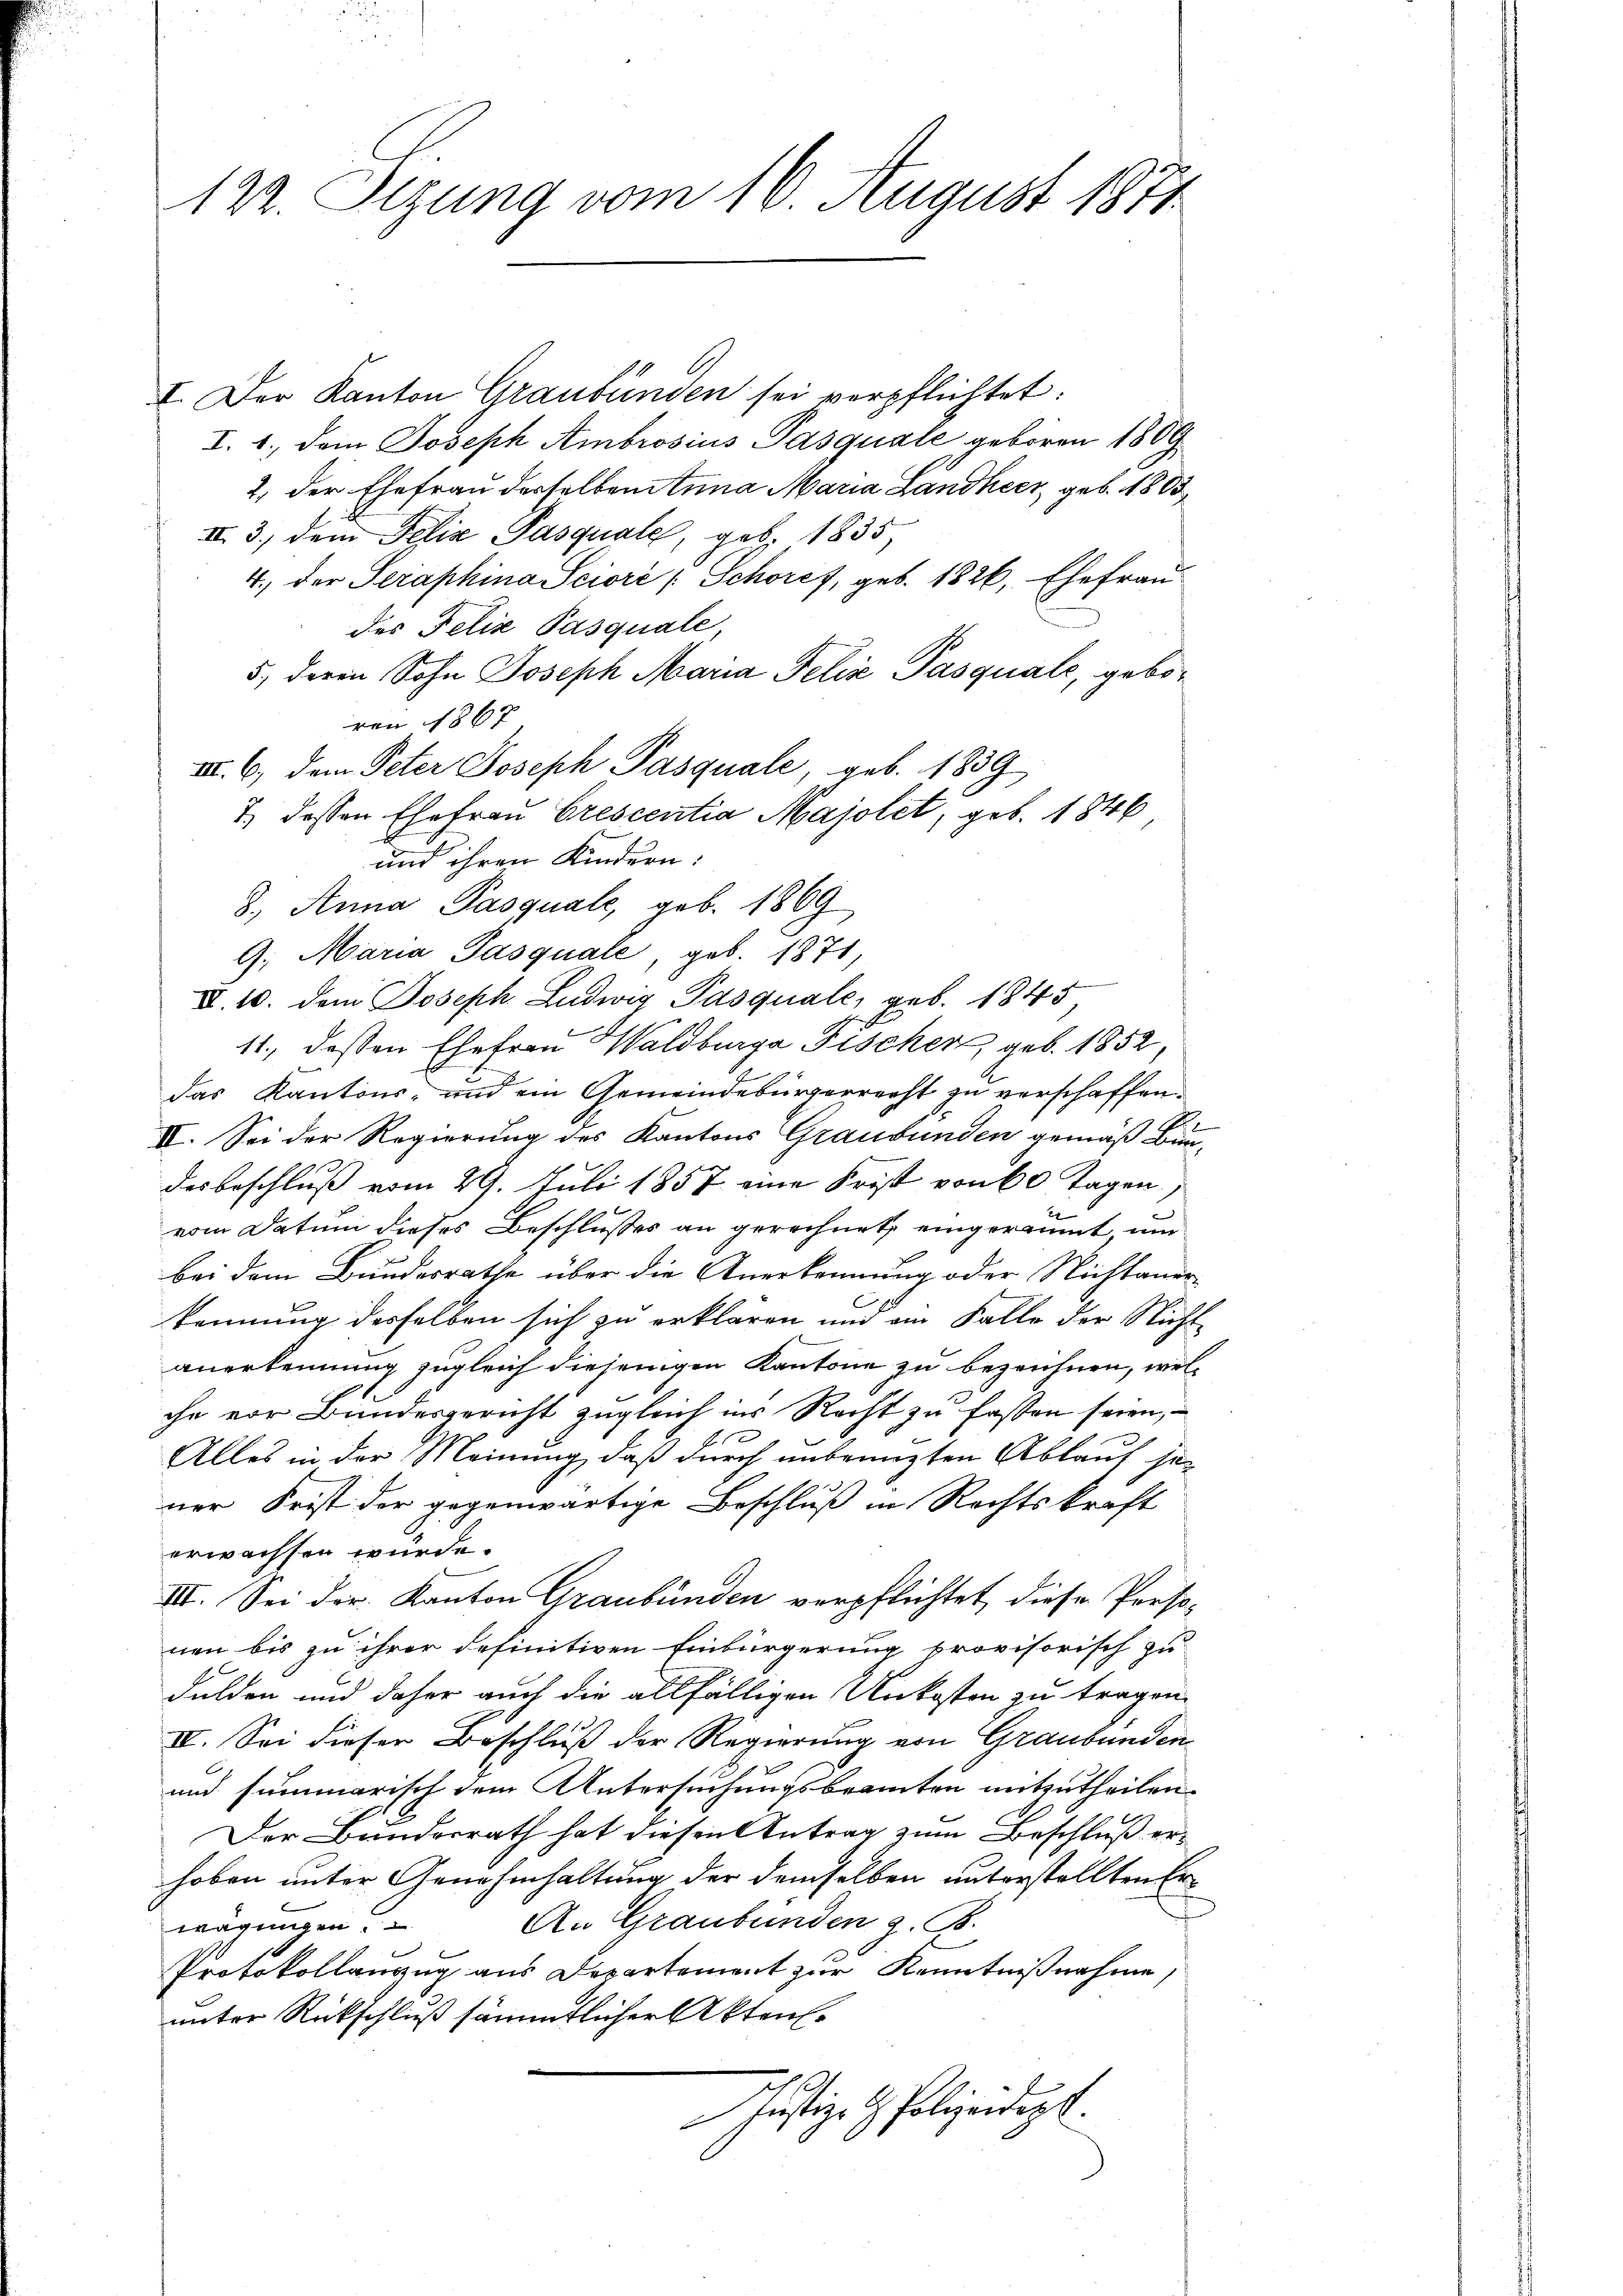
122. Sizung vom 16. August 1871

I. Der Kanton Graubünden sei verpflichtet:
I. 1. dem Joseph Ambrosius Pasquale geboren 1809
2. der Ehefrau derselben Anna Maria Landherr, geb. 1883
II. 3. dem Felix Pasquale, geb. 1835,
4., der Seraphina Sciore / Schoref, geb. 1826, Ehefrau
des Felix Pasquale
5., deren Sohn Joseph Maria Felix Pasquale, geboren 1867
III. b., dem Peter Joseph Pasquale, geb. 1839
7. dessen Ehefrau Crescentia Majolet, geb. 1846
und ihren Kindern:
8. Anna Pasquale, geb. 1869
9. Maria Pasquale, geb. 1871
XI. 10. dem Joseph Ludwig Pasquale, geb. 1845,
11., dessen Ehefrau Waldberga Fischer geb. 1852,
das Kantons- und ein Gemeindebürgerrecht zu verschaffen.
II. Sei der Regierung des Kantons Graubünden gemäß Bun-
desbeschluß vom 29. Juli 1857 eine Frist von 60 Tagen,
vom Datum dieses Beschlusses an gerechnet, eingeräumt, um
bei dem Bundesrathe über die Anerkennung oder Nichtaner
kennung desselben sich zu erklären und am Falle der Nicht
anerkennung zugleich diejenigen Kantone zu bezeichnen, welche vor Bundesgericht zugleich ins Recht zu fassen seien,
Alles in der Meinung, daß durch unbenuzten Ablauf jener Frist der gegenwärtige Beschluß in Rechtskraft
erwachsen würde.
III. Sei der Kanton Graubünden verpflichtet, diese Perso-
nen bis zu ihrer definitiven Einbürgerung provisorisch zu
Fulden und daher auch die allfälligen Unkosten zu tragen.
IV. Sei dieser Beschluß der Regierung von Graubünden
und summarisch dem Untersuchungsbeamten mitzutheilen.
Der Bundesrath hat diesen Antrag zum Beschluß erhoben unter Genehmhaltung der demselben unterstellten Er¬
An Graubünden z. B.
wägungen.
Protokollanzug aus Departement zur Kenntnißnahme,
unter Rückschluß sämmtlicher Akten.
Justiz- & Polizeidept.